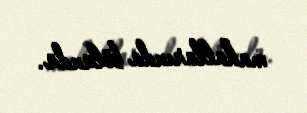
mahallarında bölündü.